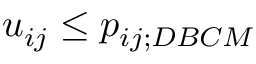
u _ { i j } \leq p _ { i j ; D B C M }